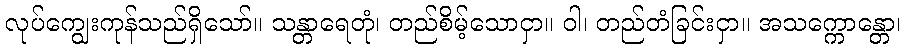
လုပ်ကျွေးကုန်သည်ရှိသော်။ သန္တာရေတုံ၊ တည်စိမ့်သောငှာ။ ဝါ၊ တည်တံခြင်းငှာ။ အသက္ကောန္တော၊